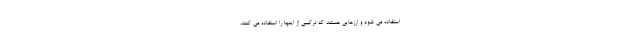
استفاده می شود و ارزهایی هستند که ترکیبی از اینها را استفاده می کنند.